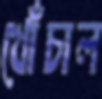
খোঁচাল